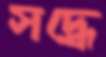
সদ্ধে